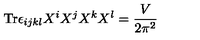
\mathrm { T r } \epsilon _ { i j k l } X ^ { i } X ^ { j } X ^ { k } X ^ { l } = \frac { V } { 2 \pi ^ { 2 } }